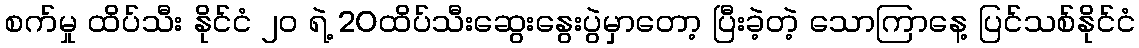
စက်မှု ထိပ်သီး နိုင်ငံ ၂၀ ရဲ့ 20ထိပ်သီးဆွေးနွေးပွဲမှာတော့ ပြီးခဲ့တဲ့ သောကြာနေ့ ပြင်သစ်နိုင်ငံ